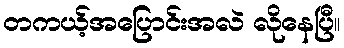
တကယ့်အပြောင်းအလဲ လိုနေပြီ။